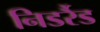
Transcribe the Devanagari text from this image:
निडर्रैड